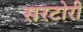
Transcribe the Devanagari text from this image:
सरटोरी